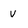
Character: v